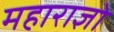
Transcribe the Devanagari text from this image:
महाराज्ञो